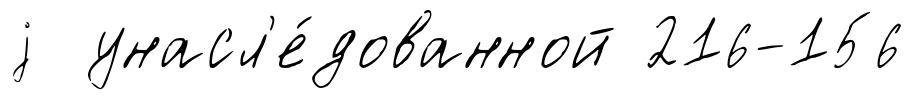
j унасл'е́дованной 216-156